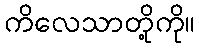
ကိလေသာတို့ကို။